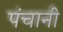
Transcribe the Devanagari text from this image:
पंचानी